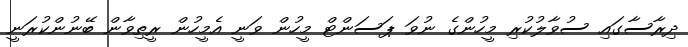
ދިރާސާގައި ސުވާލުކުރި މީހުންގެ ނުވަ ޕަސަންޓް މީހުން ވަނީ އެމީހުން ރީތިވާން ބޭނުންކުރަނީ